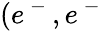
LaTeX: (e^{\mathrm{~-~}},e^{\mathrm{~-~}}